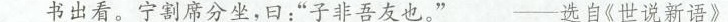
书出看。宁割席分坐，曰:“子非吾友也。”